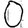
Digit: 0